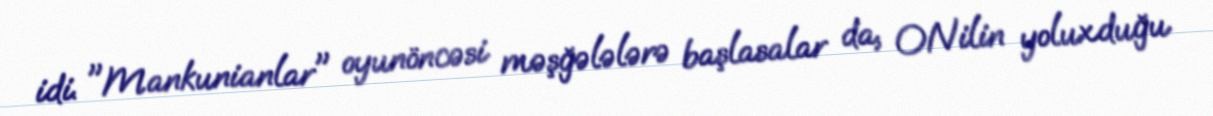
idi. "Mankunianlar" oyunöncəsi məşğələlərə başlasalar da, ONilin yoluxduğu